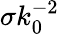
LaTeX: \sigma k_{0}^{-2}